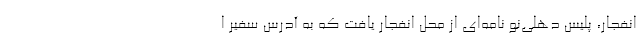
انفجار، پلیس دهلی‌نو نامه‌ای از محل انفجار یافت که به آدرس سفیر ا